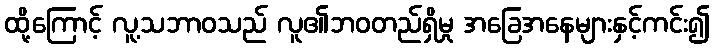
ထို့ကြောင့် လူ့သဘာဝသည် လူ၏ဘဝတည်ရှိမှု အခြေအနေများနှင့်ကင်း၍